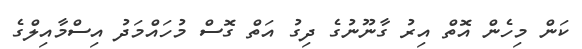
ކަން މިހެން އޮތް އިރު ގާނޫނުގެ ދިގު އަތް ގޮސް މުހައްމަދު އިސްމާއިލްގެ